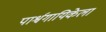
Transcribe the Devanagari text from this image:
पार्श्वगायिकेला